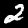
Digit: 2